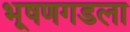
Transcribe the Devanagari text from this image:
भूषणगडला